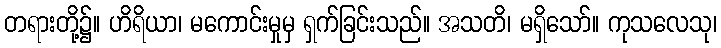
တရားတို့၌။ ဟိရိယာ၊ မကောင်းမှုမှ ရှက်ခြင်းသည်။ အသတိ၊ မရှိသော်။ ကုသလေသု၊